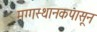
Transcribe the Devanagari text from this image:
मग्गस्थानकपासून